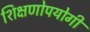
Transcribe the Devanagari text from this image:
शिक्षणोपयोगी